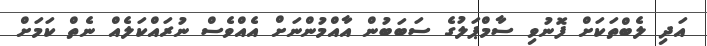
އަދި ލެބްތަކަށް ފޮނުވި ސާމްޕަލުގެ ސަބަބުން އާއްމުންނަށް އެއްވެސް ނުރައްކަލެއް ނެތް ކަމަށް